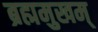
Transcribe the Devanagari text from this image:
ब्रह्ममुखम्